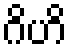
ဂိဟိ